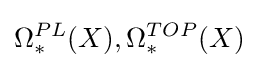
\Omega _{*}^{PL}(X),\Omega _{*}^{TOP}(X)